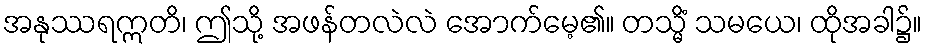
အနုဿရဣတိ၊ ဤသို့ အဖန်တလဲလဲ အောက်မေ့၏။ တသ္မိံ သမယေ၊ ထိုအခါ၌။